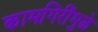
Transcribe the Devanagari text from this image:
कामगिरींमुळे